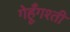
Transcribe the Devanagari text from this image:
गेहूँगश्ती